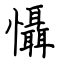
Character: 懾